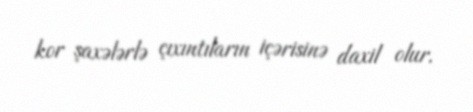
kor şaxələrlə çıxıntıların içərisinə daxil olur.